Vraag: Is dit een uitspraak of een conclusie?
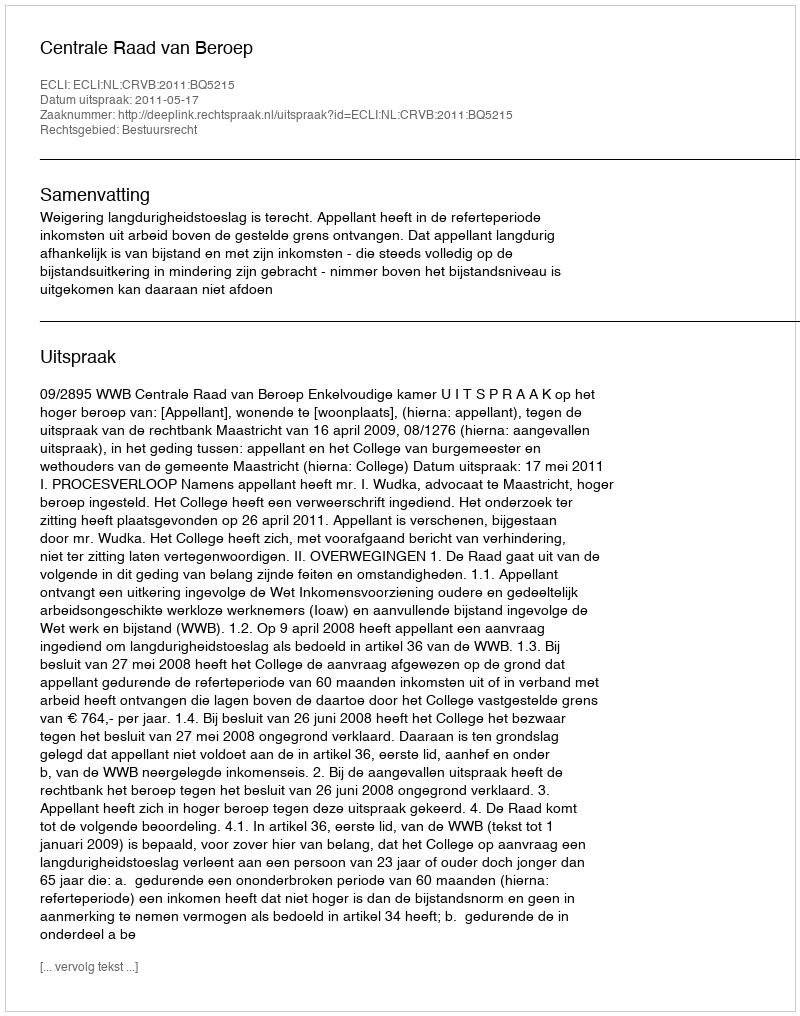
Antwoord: Uitspraak